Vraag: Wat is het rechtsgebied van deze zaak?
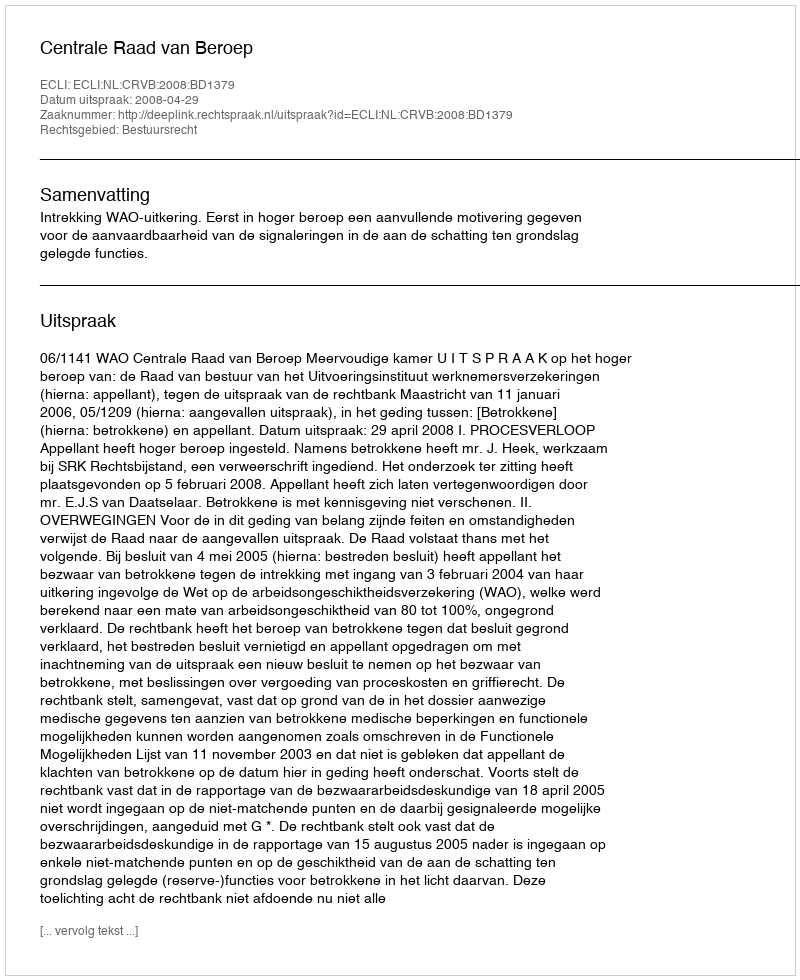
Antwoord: Bestuursrecht